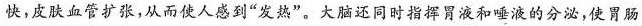
快，皮肤血管扩张，从而使人感到”发热”。大脑还同时指挥胃液和唾液的分泌，使胃肠